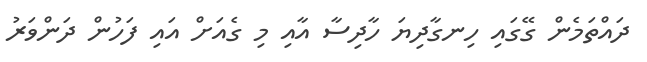
ދައްތަމެން ގޭގައި ހިނގާދިޔަ ހާދިސާ އާއި މި ގެއަށް އައި ފަހުން ދަންވަރު